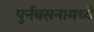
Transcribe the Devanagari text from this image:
पुर्नवसनामध्ये